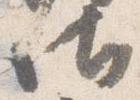
御